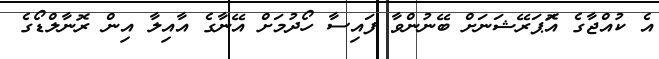
އެ ކުއްޖާގެ އޮަޕަރޭޝަނަށް ބޭނުންވާ ފައިސާ ހޯދުމަށް އޭނާގެ އާއިލާ އިން ރޮނާލްޑޯގެ